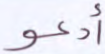
أدعو